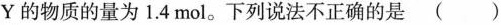
Y的物质的量为1.4mol。下列说法不正确的是()